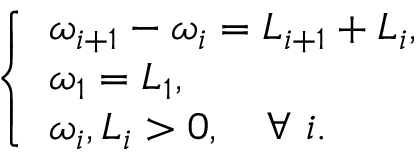
\left\{ \begin{array} { l l } { \omega _ { i + 1 } - \omega _ { i } = L _ { i + 1 } + L _ { i } , } \\ { \omega _ { 1 } = L _ { 1 } , } \\ { \omega _ { i } , L _ { i } > 0 , \quad \forall ~ i . } \end{array} \right.